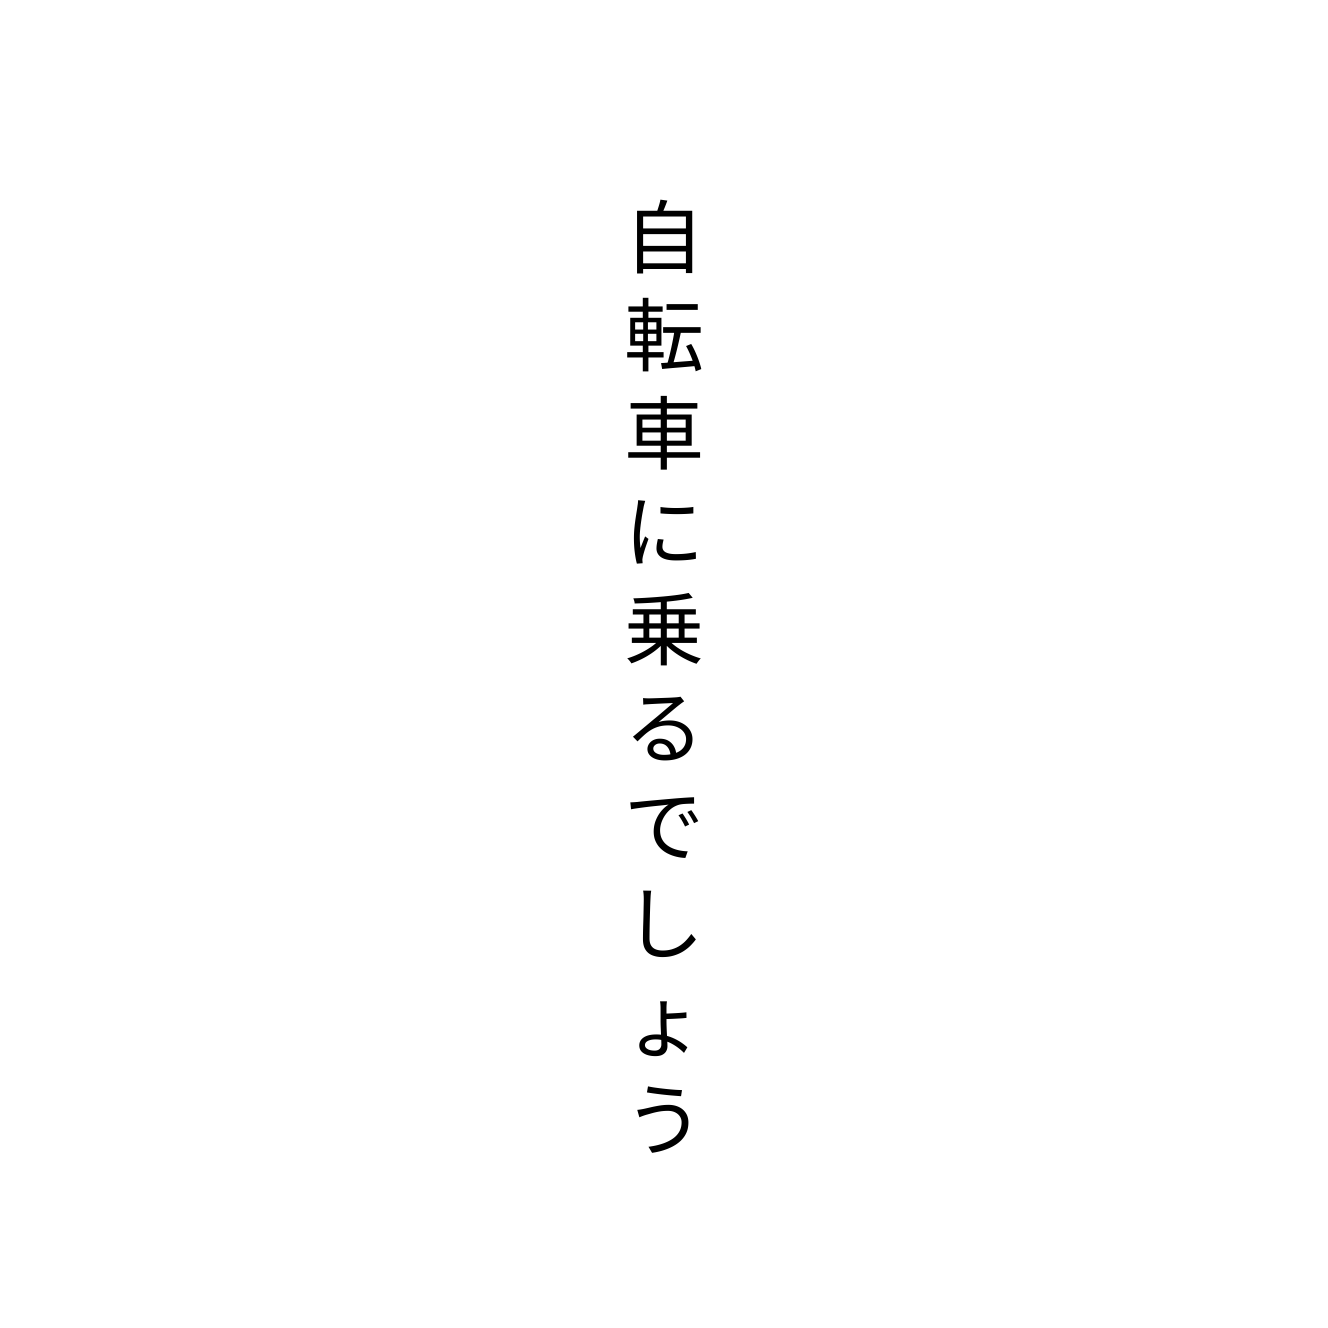
自転車に乗るでしょう